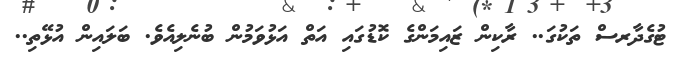
ޓުގެދާރސް ތަކުގަ.. ރާކިން ޒައިމަންގެ ކޮޑުގައި އަތް އަޅުވަމުން ބުނެލިއެވެ. ބަލައިން އުޅޭތި..